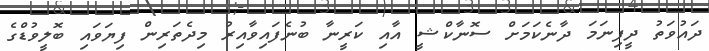
ދައުވަތު ދީފިނަމަ ދާނެކަމަށް ސޮނާކްޝީ އާއި ކަރީނާ ބުނެފައިވާއިރު މިދެތަރިން ފިޔަވައި ބޮލީވުޑްގެ